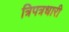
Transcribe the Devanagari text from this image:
त्रिपत्रधारी